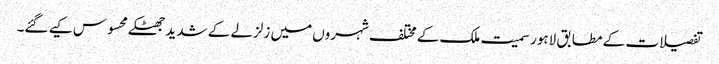
تفصیلات کے مطابق لاہور سمیت ملک کے مختلف شہروں میں زلزلے کے شدید جھٹکے محسوس کیے گئے۔